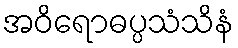
အဝိရောဓပ္ပသံသိနံ